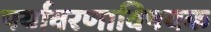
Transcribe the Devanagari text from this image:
पर्यावरणाविषयक